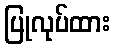
ပြုလုပ်ထား